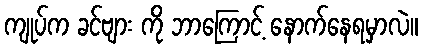
ကျုပ်က ခင်ဗျား ကို ဘာကြောင့် နောက်နေရမှာလဲ။